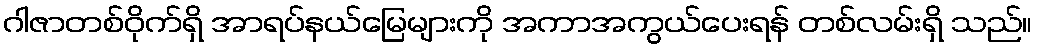
ဂါဇာတစ်ဝိုက်ရှိ အာရပ်နယ်မြေများကို အကာအကွယ်ပေးရန် တစ်လမ်းရှိ သည်။